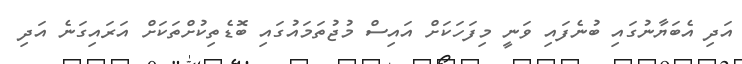
އަދި އެބަޔާނުގައި ބުނެފައި ވަނީ މިފަހަކަށް އައިސް މުޖުތަމައުގައި ބޮޑެތިކުށްތަކަށް އަރައިގަނެ އަދި